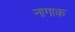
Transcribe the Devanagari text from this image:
नागाक